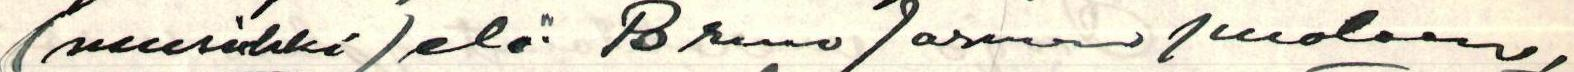
(musiikki) eli Bruno Jarwan puoleen,